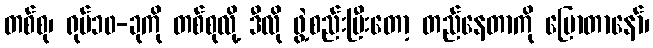
တစ်စု၊ ရုပ်၁၀-ခုကို တစ်စုလို့ ဒီလို ဖွဲ့စည်းပြီးတော့ တည်နေတာကို ပြောတာနော်၊